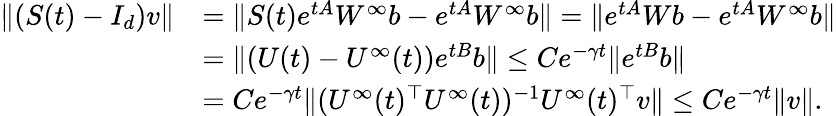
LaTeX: \begin{array}{rl}{\| (S(t)-I_{d})v\| }&{=\| S(t)e^{tA}W^{\infty}b-e^{tA}W^{\infty}b\| =\| e^{tA}Wb-e^{tA}W^{\infty}b\| }\\ &{=\| (U(t)-U^{\infty}(t))e^{tB}b\| \le Ce^{-\gamma t}\| e^{tB}b\| }\\ &{=Ce^{-\gamma t}\| (U^{\infty}(t)^{\top}U^{\infty}(t))^{-1}U^{\infty}(t)^{\top}v\| \le Ce^{-\gamma t}\| v\| .}\end{array}